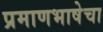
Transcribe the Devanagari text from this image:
प्रमाणभाषेचा